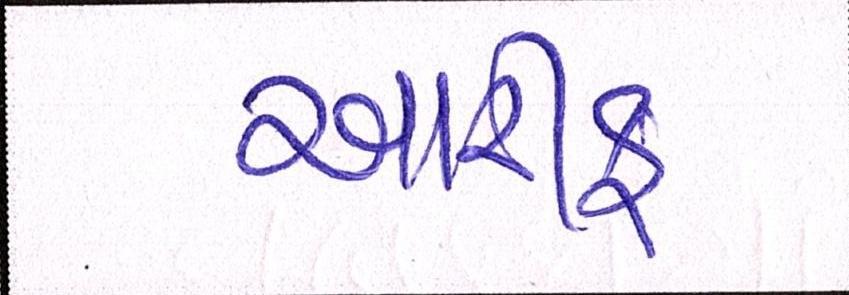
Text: આરીફ